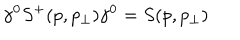
LaTeX: \gamma ^ { 0 } S ^ { + } ( p , p _ { \perp } ) \gamma ^ { 0 } = S ( p , p _ { \perp } )